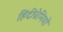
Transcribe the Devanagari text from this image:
हिंदीप्रेमियों